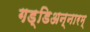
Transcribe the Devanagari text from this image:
गड्डिअन्नारम्